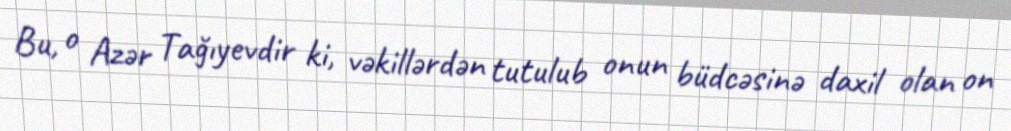
Bu, o Azər Tağıyevdir ki, vəkillərdən tutulub onun büdcəsinə daxil olan on